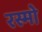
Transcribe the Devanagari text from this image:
रस्मो